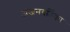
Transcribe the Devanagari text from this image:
अंजनवर्तिका